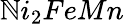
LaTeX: \mathbb{N}i_{2}FeMn